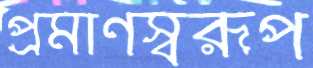
প্রমাণস্বরূপ